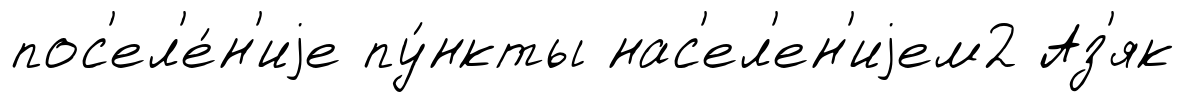
пос'ел'е́н'иjе пу́нкты нас'ел'ен'иjем2 Аз'як